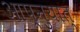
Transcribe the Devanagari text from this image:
आप्नुयात्